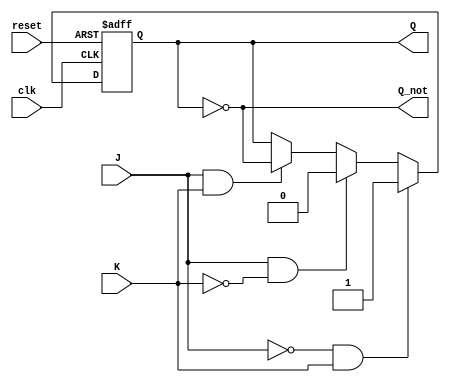
module neg_edge_triggered_jk_ff(
    input J, K, clk, reset,
    output reg Q, 
    output reg Q_not
);

always @(negedge clk or posedge reset)
begin
    if (reset) begin
        Q <= 0;
    end else begin
        if (!J && K) begin
            Q <= 1;
        end else if (J && !K) begin
            Q <= 0;
        end else if (J && K) begin
            Q <= ~Q;
        end
    end
end

assign Q_not = ~Q;

endmodule